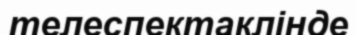
телеспектаклінде